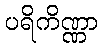
ပရိကိဏ္ဏာ